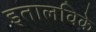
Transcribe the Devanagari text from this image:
इतालविके